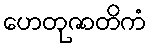
ဟေတုဇာတိကံ